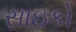
સાઇકો